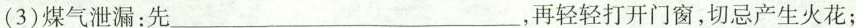
(3)煤气泄漏：先___，再轻轻打开门窗，切忌产生火花；